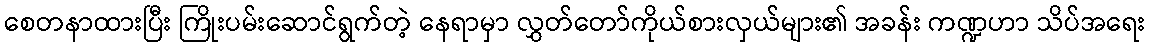
စေတနာထားပြီး ကြိုးပမ်းဆောင်ရွက်တဲ့ နေရာမှာ လွှတ်တော်ကိုယ်စားလှယ်များ၏ အခန်း ကဏ္ဍဟာ သိပ်အရေး